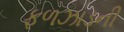
ફળઝાડની